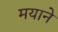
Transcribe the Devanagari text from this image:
मयाने